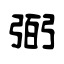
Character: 弼